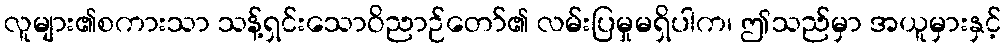
လူများ၏စကားသာ သန့်ရှင်းသောဝိညာဉ်တော်၏ လမ်းပြမှုမရှိပါက၊ ဤသည်မှာ အယူမှားနှင့်